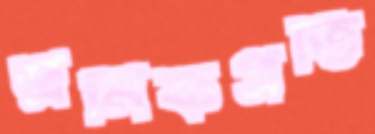
শ্রমিকপ্রতি